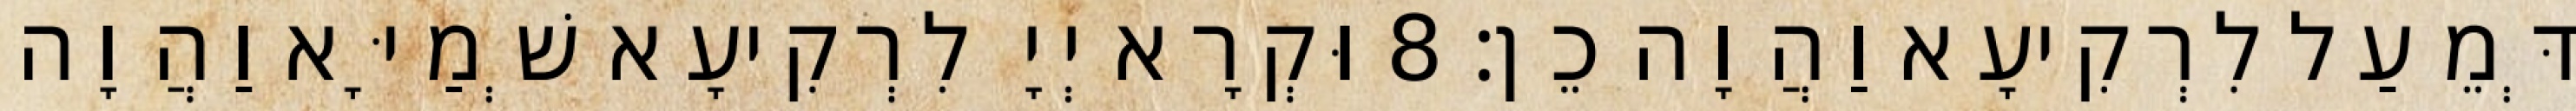
דְּמֵעַל לִרְקִיעָא וַהֲוָה כֵן׃ 8 וּקְרָא יְיָ לִרְקִיעָא שְׁמַיָּא וַהֲוָה